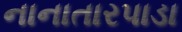
નાનાતારપાડા